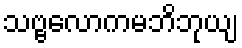
သဗ္ဗလောကမဘိဘုယျ